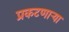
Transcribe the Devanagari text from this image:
प्रकटणाऱ्या